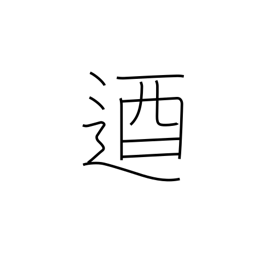
Meaning: unyielding